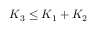
K _ { 3 } \leq K _ { 1 } + K _ { 2 }